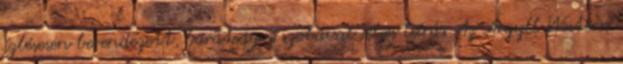
ízlésesen berendezett, barátságos szobával Teljes leírás Az Argyll Western